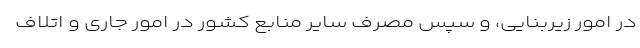
در امور زیربنایی، و سپس مصرف سایر منابع کشور در امور جاری و اتلاف